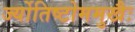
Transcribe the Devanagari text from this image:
र्ज्योतिष्टोममुखैः